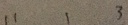
1 1 1 3